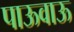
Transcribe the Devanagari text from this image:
पाऊवाऊ